Document type: Sale
Year: 1451
Scribe: [Unknown]
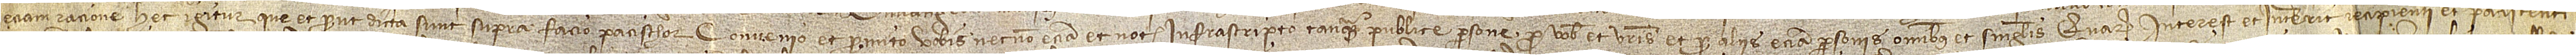
etiam ratione. Hec igitur que et prout dicta sunt supra facio, pacischor, convenio et promito vobis necnon etiam et notario infrascripto tanquam publice persone pro vobis et vestris et pro aliis etiam personis omnibus et singulis quarum interest et intererit recipienti et paciscenti